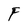
Character: F